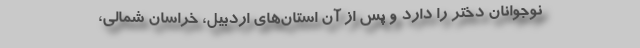
نوجوانان دختر را دارد و پس از آن استان‌های اردبیل، خراسان شمالی،